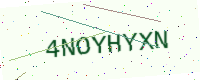
Text: 4NOYHYXN